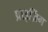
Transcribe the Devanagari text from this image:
प्राइज़िंग